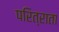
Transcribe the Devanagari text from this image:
परित्राता